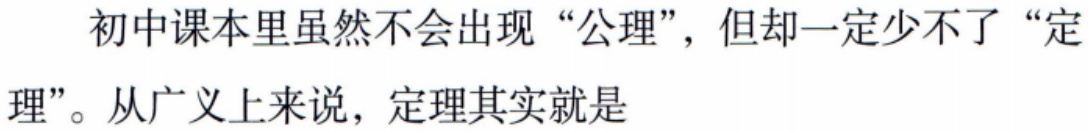
初中课本里虽然不会出现“公理”，但却一定少不了“定理”。从广义上来说，定理其实就是